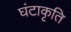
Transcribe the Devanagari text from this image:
घंटाकृति